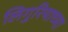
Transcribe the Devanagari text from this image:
लिगुरियाच्या